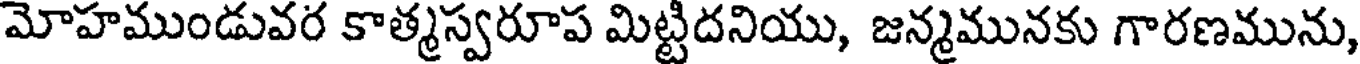
మోహముండువర కాత్మస్వరూప మిట్టిదనియు, జన్మమునకు గారణమును,